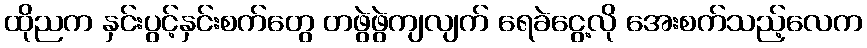
ထိုညက နှင်းပွင့်နှင်းစက်တွေ တဖွဲဖွဲကျလျက် ရေခဲငွေ့လို အေးစက်သည့်လေက